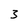
Character: 3